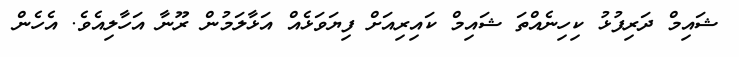
ޝައިމް ދަރިފުޅު ކިހިނެއްތަ ޝައިމް ކައިރިއަށް ފިޔަވަޅެއް އަޅާލަމުން ރޫނާ އަހާލިއެވެ. އެހެން